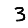
Digit: 3